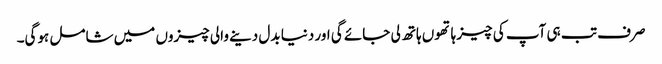
صرف تب ہی آپ کی چیز ہاتھوں ہاتھ لی جائے گی اور دنیا بدل دینے والی چیزوں میں شامل ہوگی۔